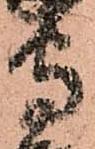
守